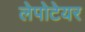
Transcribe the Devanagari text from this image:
लेपोटेयर